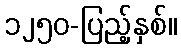
၁၂၅၀-ပြည့်နှစ်။